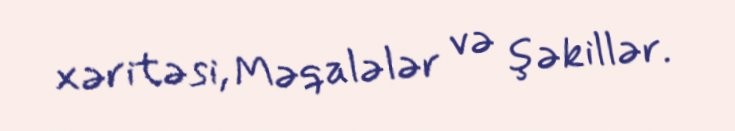
xəritəsi, Məqalələr və şəkillər.